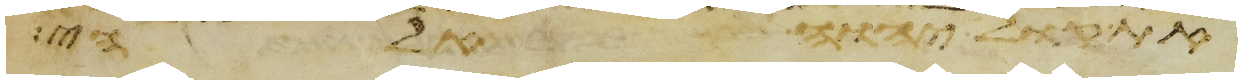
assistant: את קול יהוה אלהי